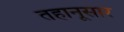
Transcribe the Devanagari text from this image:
तहानूसार